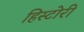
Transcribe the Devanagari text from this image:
हिस्टोरी